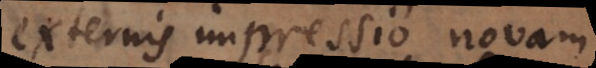
externis impressio novam